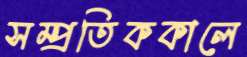
সম্প্রতিককালে